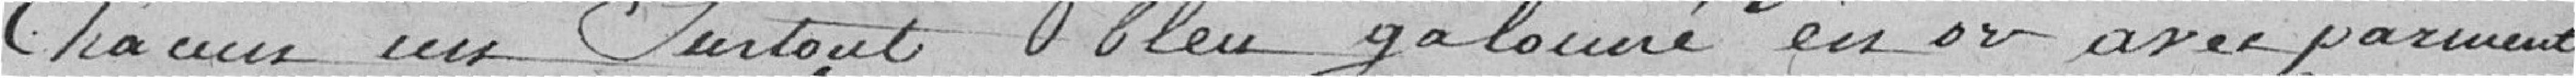
chacun un surtout bleu galonné en or avec parment